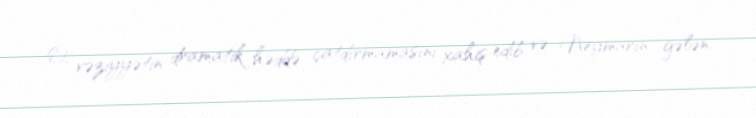
O, vəziyyətin dramatik həddə çatdırmamasını xahiş edib və Neymarın gələn